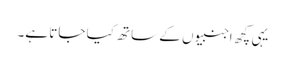
یہی کچھ اجنبیوں کے ساتھ کیا جاتا ہے۔